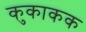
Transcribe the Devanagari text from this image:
कुकाकक